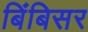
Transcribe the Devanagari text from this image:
बिंबिसर